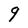
Character: 9